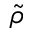
\tilde { \rho }